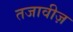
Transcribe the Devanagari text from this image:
तजावीज़